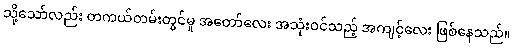
သို့သော်လည်း တကယ်တမ်းတွင်မူ အတော်လေး အသုံးဝင်သည့် အကျင့်လေး ဖြစ်နေသည်။